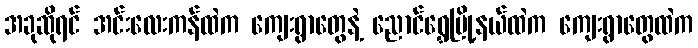
အခုဆိုရင် အင်းလေးကန်ထဲက ကျေးရွာတွေနဲ့ ညောင်ရွှေမြို့နယ်ထဲက ကျေးရွာတွေထဲက